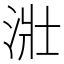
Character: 𣴣